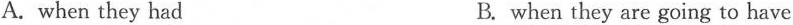
A. when they had B. when they are going to have